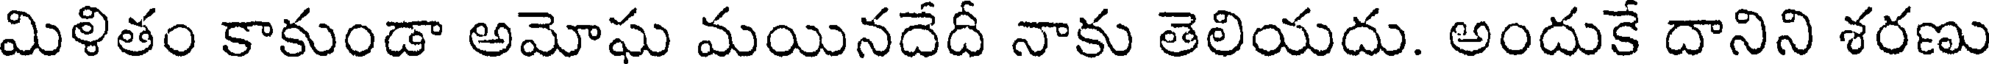
మిళితం కాకుండా అమోఘ మయినదేదీ నాకు తెలియదు. అందుకే దానిని శరణు